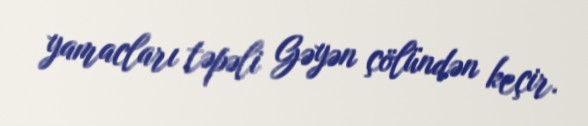
yamacları təpəli Gəyən çölündən keçir.